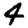
Digit: 4